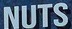
NUTS